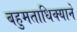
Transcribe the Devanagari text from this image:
बहुमताधिक्याने